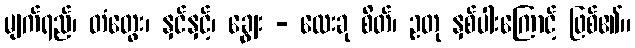
မျက်ရည်၊ တံတွေး၊ နှင်နှင့်၊ ချွေး - လေးခု စိတ်၊ ဥတု နှစ်ပါးကြောင့် ဖြစ်၏။